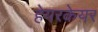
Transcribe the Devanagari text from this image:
हेयरकेयर